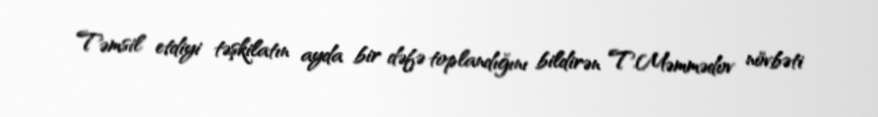
Təmsil etdiyi təşkilatın ayda bir dəfə toplandığını bildirən T.Məmmədov növbəti